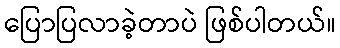
ပြောပြလာခဲ့တာပဲ ဖြစ်ပါတယ်။